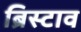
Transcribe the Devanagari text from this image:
ब्रिस्टाव